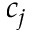
c _ { j }